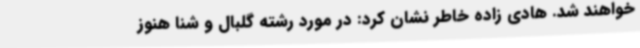
خواهند شد. هادی زاده خاطر نشان کرد: در مورد رشته گلبال و شنا هنوز